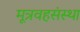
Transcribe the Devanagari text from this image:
मूत्रवहसंस्था